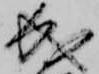
成